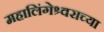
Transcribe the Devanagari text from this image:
महालिंगेश्र्वराच्या